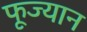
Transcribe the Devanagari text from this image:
फूज्यान